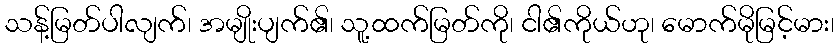
သန့်မြတ်ပါလျက်၊ အမျိုးပျက်၏၊ သူ့ထက်မြတ်ကို၊ ငါ၏ကိုယ်ဟု၊ မောက်မိုမြင့်မား၊